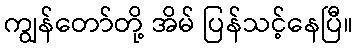
ကျွန်တော်တို့ အိမ် ပြန်သင့်နေပြီ။